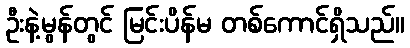
ဦးနဲ့မွန်တွင် မြင်းပိန်မ တစ်ကောင်ရှိသည်။